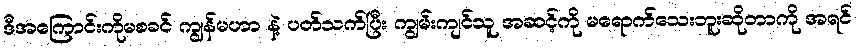
ဒီအကြောင်းကိုမစခင် ကျွန်မဟာ နဲ့ ပတ်သက်ပြီး ကျွမ်းကျင်သူ အဆင့်ကို မရောက်သေးဘူးဆိုတာကို အရင်